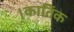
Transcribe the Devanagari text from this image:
।कातिॅक